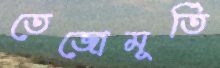
তেজোমূর্তি